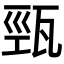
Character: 𤭓